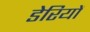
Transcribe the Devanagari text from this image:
डेरियों